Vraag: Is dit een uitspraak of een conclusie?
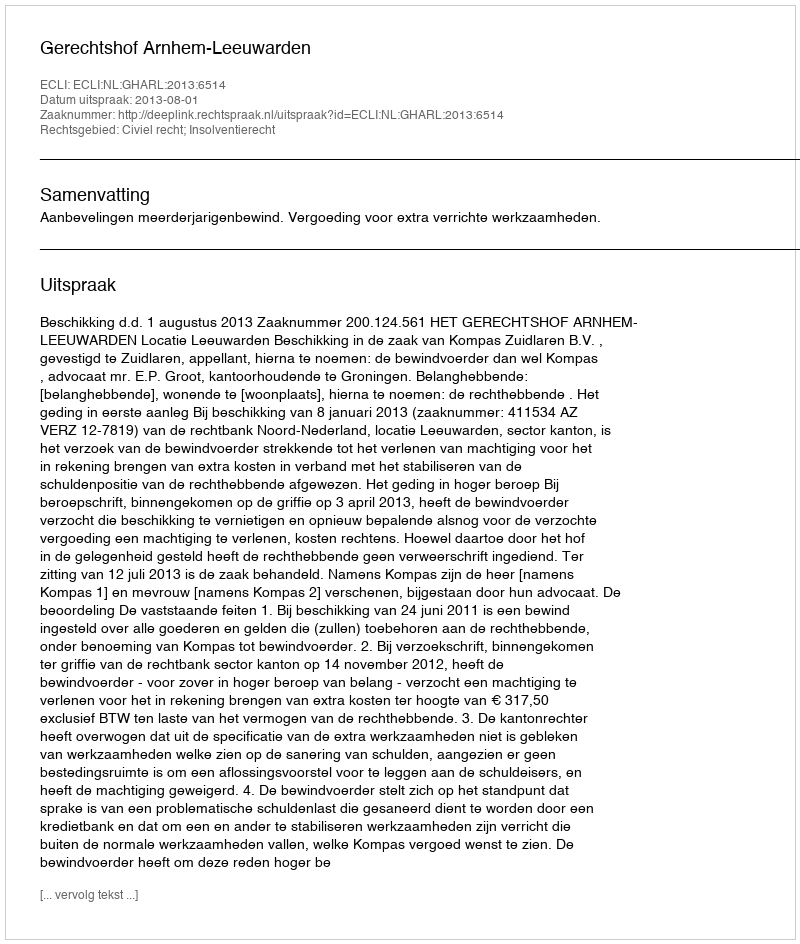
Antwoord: Uitspraak